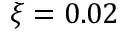
\xi = 0 . 0 2